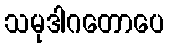
သမုဒါဂတောပေ